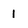
Character: 1